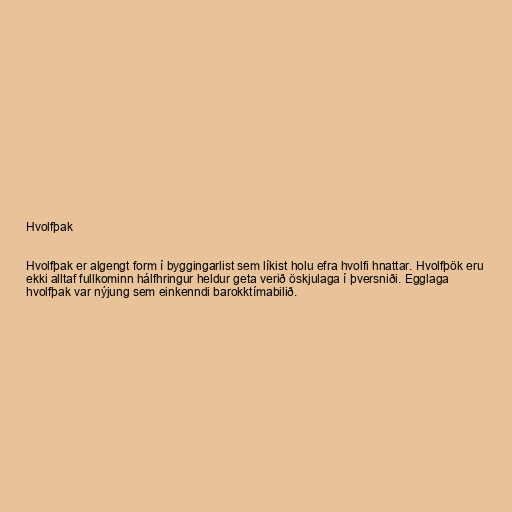
Hvolfþak

Hvolfþak er algengt form í byggingarlist sem líkist holu efra hvolfi hnattar. Hvolfþök eru
ekki alltaf fullkominn hálfhringur heldur geta verið öskjulaga í þversniði. Egglaga
hvolfþak var nýjung sem einkenndi barokktímabilið.